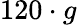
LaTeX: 120\cdot g